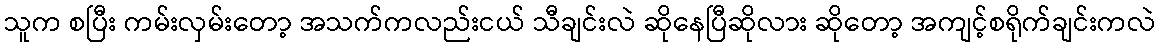
သူက စပြီး ကမ်းလှမ်းတော့ အသက်ကလည်းငယ် သီချင်းလဲ ဆိုနေပြီဆိုလား ဆိုတော့ အကျင့်စရိုက်ချင်းကလဲ